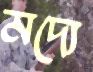
মদ্যে